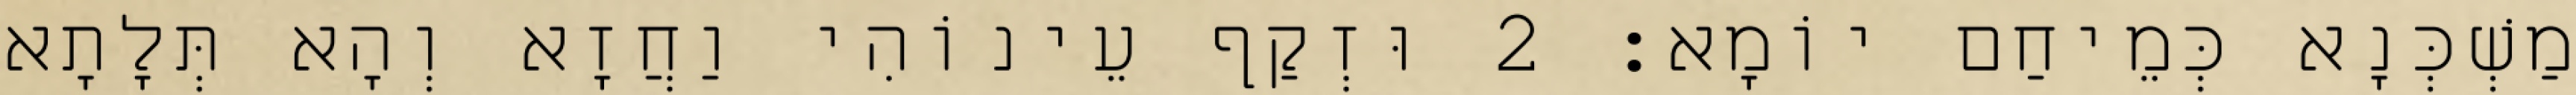
מַשְׁכְּנָא כְּמֵיחַם יוֹמָא׃ 2 וּזְקַף עֵינוֹהִי וַחֲזָא וְהָא תְּלָתָא